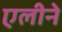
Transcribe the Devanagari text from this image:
एलीने